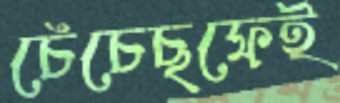
চেঁচেছফেই